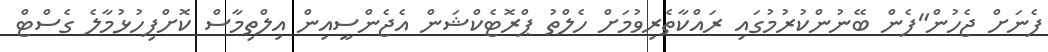
ފެނަށް ޖެހުން"ފެން ބޭނުންކުރުމުގައި ރައްކާތެރިވުމަށް ހެލްތު ޕްރޮޓެކްޝަން އެޖެންސީއިން އިލްތިމާސް ކޮށްފިހުޅުމާލެ ގެސްޓް